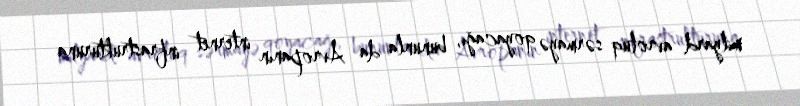
milyard avroluq sərmayə qoyacağı, bununla da Avropanın internet infrastrukturuna